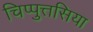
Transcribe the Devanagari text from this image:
चिप्पुत्तसिया